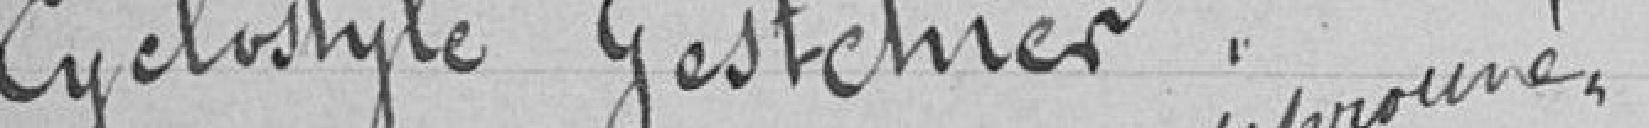
Cyclostyle Gestetner